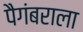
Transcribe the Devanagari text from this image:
पैगंबराला